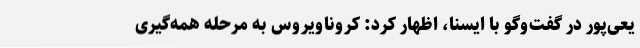
یعی‌پور در گفت‌وگو با ایسنا، اظهار کرد: کروناویروس به مرحله همه‌گیری